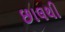
છાલથી